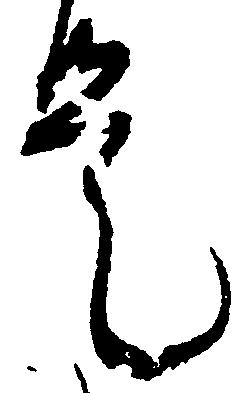
是